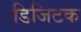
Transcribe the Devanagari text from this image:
डिजिटक